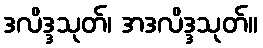
ဒလိဒ္ဒသုတ်၊ အဒလိဒ္ဒသုတ်။